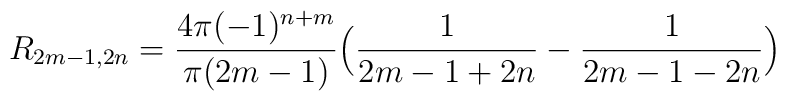
R_{2m-1,2n}=\frac{4\pi(-1)^{n+m}}{\pi(2m-1)}\Big(\frac{1}{2m-1+2n}-\frac{1}{2m-1-2n}\Big)